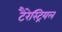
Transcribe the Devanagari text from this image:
टैरेस्ट्रियल